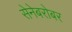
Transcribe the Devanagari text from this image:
सेनेबरोबर